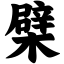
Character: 檗